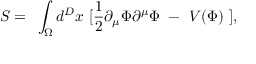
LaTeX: S = ~ \int _ { \Omega } d ^ { D } x ~ [ \frac { 1 } { 2 } \partial _ { \mu } \Phi \partial ^ { \mu } \Phi ~ - ~ V ( \Phi ) ~ ] ,